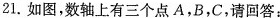
21.如图，数轴上有三个点A，B，C，请回答：